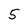
Character: 5